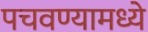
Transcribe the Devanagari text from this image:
पचवण्यामध्ये